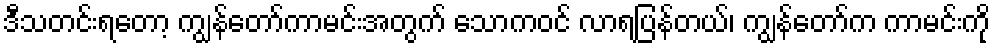
ဒီသတင်းရတော့ ကျွန်တော်ကာမင်းအတွက် သောကဝင် လာရပြန်တယ်၊ ကျွန်တော်က ကာမင်းကို